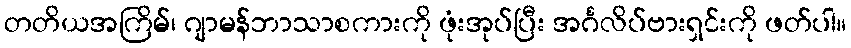
တတိယအကြိမ်၊ ဂျာမန်ဘာသာစကားကို ဖုံးအုပ်ပြီး အင်္ဂလိပ်ဗားရှင်းကို ဖတ်ပါ။